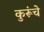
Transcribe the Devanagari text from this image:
कुरूंचे